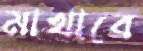
মাখাবে